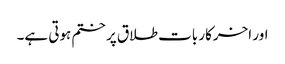
اور اخرکار بات طلاق پر ختم ہوتی ہے۔